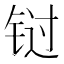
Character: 𰽾